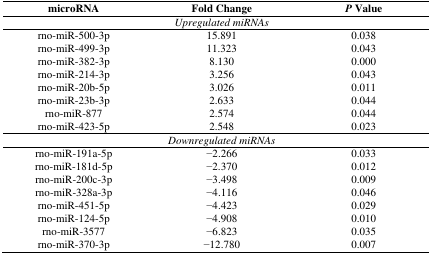
<table><thead><tr><td><b>microRNA</b></td><td><b>Fold Change</b></td><td><b><i>P</i> Value</b></td></tr></thead><tbody><tr><td></td><td><i>Upregulated miRNAs</i></td><td></td></tr><tr><td>rno-miR-500-3p</td><td>15.891</td><td>0.038</td></tr><tr><td>rno-miR-499-3p</td><td>11.323</td><td>0.043</td></tr><tr><td>rno-miR-382-3p</td><td>8.130</td><td>0.000</td></tr><tr><td>rno-miR-214-3p</td><td>3.256</td><td>0.043</td></tr><tr><td>rno-miR-20b-5p</td><td>3.026</td><td>0.011</td></tr><tr><td>rno-miR-23b-3p</td><td>2.633</td><td>0.044</td></tr><tr><td>rno-miR-877</td><td>2.574</td><td>0.044</td></tr><tr><td>rno-miR-423-5p</td><td>2.548</td><td>0.023</td></tr><tr><td></td><td><i>Downregulated miRNAs</i></td><td></td></tr><tr><td>rno-miR-191a-5p</td><td>−2.266</td><td>0.033</td></tr><tr><td>rno-miR-181d-5p</td><td>−2.370</td><td>0.012</td></tr><tr><td>rno-miR-200c-3p</td><td>−3.498</td><td>0.009</td></tr><tr><td>rno-miR-328a-3p</td><td>−4.116</td><td>0.046</td></tr><tr><td>rno-miR-451-5p</td><td>−4.423</td><td>0.029</td></tr><tr><td>rno-miR-124-5p</td><td>−4.908</td><td>0.010</td></tr><tr><td>rno-miR-3577</td><td>−6.823</td><td>0.035</td></tr><tr><td>rno-miR-370-3p</td><td>−12.780</td><td>0.007</td></tr></tbody></table>